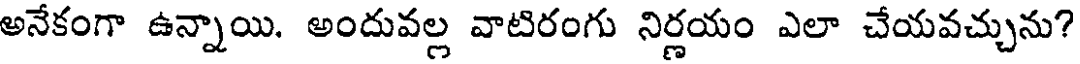
అనేకంగా ఉన్నాయి. అందువల్ల వాటిరంగు నిర్ణయం ఎలా చేయవచ్చును?